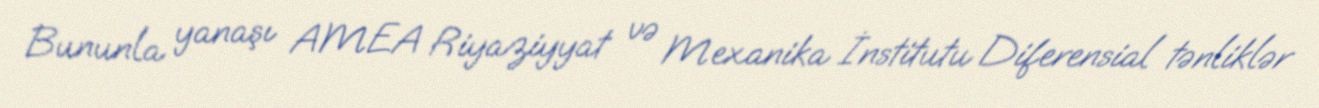
Bununla yanaşı AMEA Riyaziyyat və Mexanika İnstitutu Diferensial tənliklər